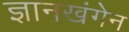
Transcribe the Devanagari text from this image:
ज्ञानखंगेन